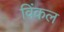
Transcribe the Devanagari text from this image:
विंकल